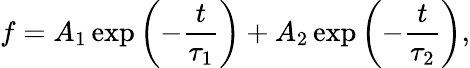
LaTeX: f=A_{1}\exp\left(-\frac{t}{\tau_{1}}\right)+A_{2}\exp\left(-\frac{t}{\tau_{2}}\right),